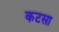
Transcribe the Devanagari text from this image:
कटसा